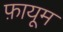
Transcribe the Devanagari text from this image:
फ़ायूम